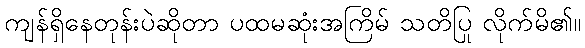
ကျန်ရှိနေတုန်းပဲဆိုတာ ပထမဆုံးအကြိမ် သတိပြု လိုက်မိ၏။